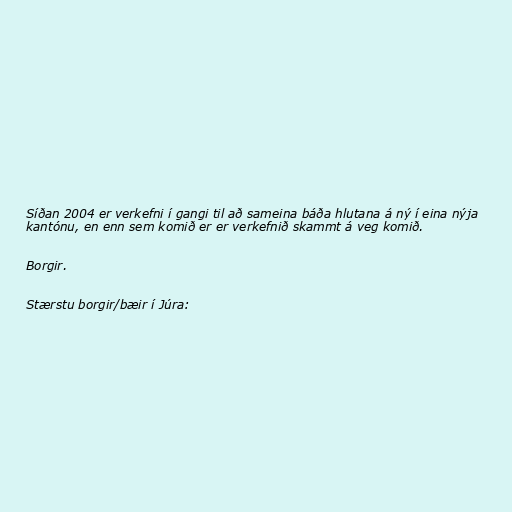
Síðan 2004 er verkefni í gangi til að sameina báða hlutana á ný í eina nýja
kantónu, en enn sem komið er er verkefnið skammt á veg komið.

Borgir.

Stærstu borgir/bæir í Júra: